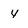
Character: 4